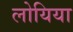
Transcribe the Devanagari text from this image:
लोयिया